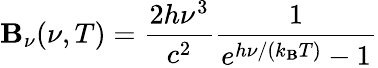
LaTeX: \mathbf{B}_{\nu}(\nu,T)={\frac{{2h\nu^{3}}}{{c^{2}}}}{\frac{{1}}{{e^{h\nu/(k_{\mathrm{{\mathbf{B}}}}T)}-1}}}